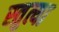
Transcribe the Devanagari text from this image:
स्तुत्या